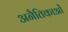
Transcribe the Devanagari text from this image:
अनैतिकाओं